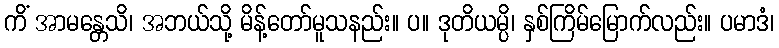
ကိံ အာမန္တေသိ၊ အဘယ်သို့ မိန့်တော်မူသနည်း။ ပ။ ဒုတိယမ္ပိ၊ နှစ်ကြိမ်မြောက်လည်း။ ပမာဒံ၊